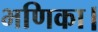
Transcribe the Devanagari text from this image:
भणिका।